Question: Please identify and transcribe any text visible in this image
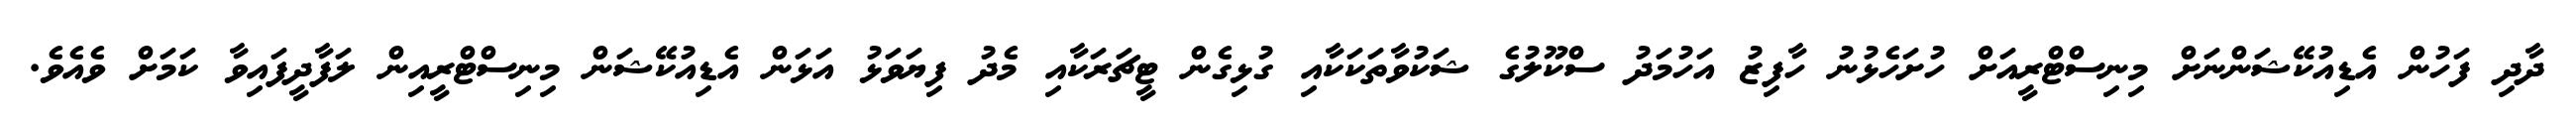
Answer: ދާދި ފަހުން އެޑިއުކޭޝަންނަށް މިނިސްޓްރީއަށް ހުށަހެޅުނު ހާފިޒު އަހުމަދު ސްކޫލުގެ ޝަކުވާތަކަކާއި ގުޅިގެން ޓީޗަރަކާއި މެދު ފިޔަވަޅު އަޅަން އެޑިއުކޭޝަން މިނިސްޓްރީއިން ލަފާދީފައިވާ ކަމަށް ވެއެވެ.